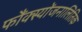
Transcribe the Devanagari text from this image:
फौंक्स्योंजनालितिक